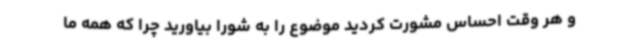
و هر وقت احساس مشورت کردید موضوع را به شورا بیاورید چرا که همه ما